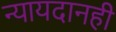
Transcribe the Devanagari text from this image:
न्यायदानही